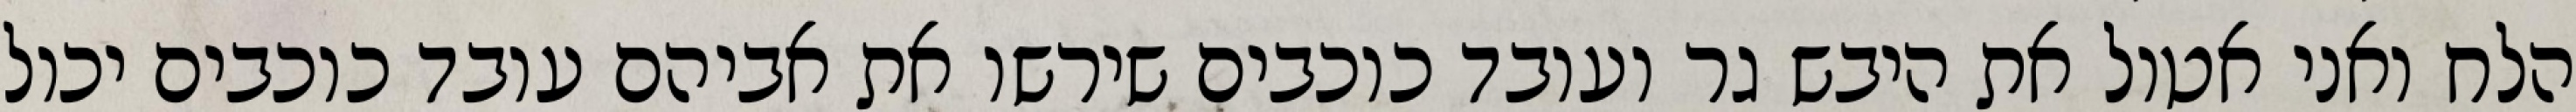
הלח ואני אטול את היבש גר ועובד כוכבים שירשו את אביהם עובד כוכבים יכול